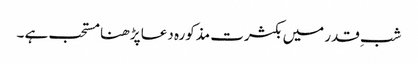
شبِ قدر میں بکثرت مذکورہ دعا پڑھنا مستحب ہے ۔